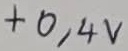
Text: +0,4V